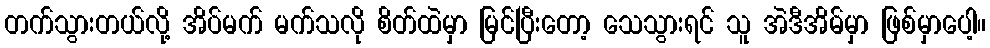
တက်သွားတယ်လို့ အိပ်မက် မက်သလို စိတ်ထဲမှာ မြင်ပြီးတော့ သေသွားရင် သူ အဲဒီအိမ်မှာ ဖြစ်မှာပေါ့။